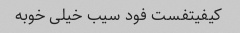
کیفیتفست فود سیب خیلی خوبه